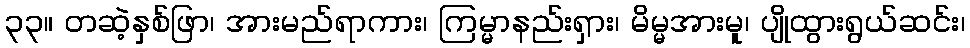
၃၃။ တဆဲ့နှစ်ဖြာ၊ အားမည်ရာကား၊ ကြမ္မာနည်းရှား၊ မိမ္မအားမူ၊ ပျိုထွားရွယ်ဆင်း၊